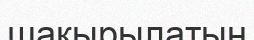
шақырылатын